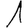
Digit: 1